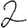
Digit: 2